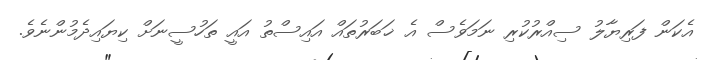
އެކަން ފަރިޔާލު ސިއްރުކުރި ނަމަވެސް އެ ޚަބަރުތައް އައިސްތު އައީ ތަހުސީނަށް ކިޔައިދެމުންނެވެ.